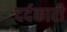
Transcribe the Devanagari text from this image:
दर्दकारी